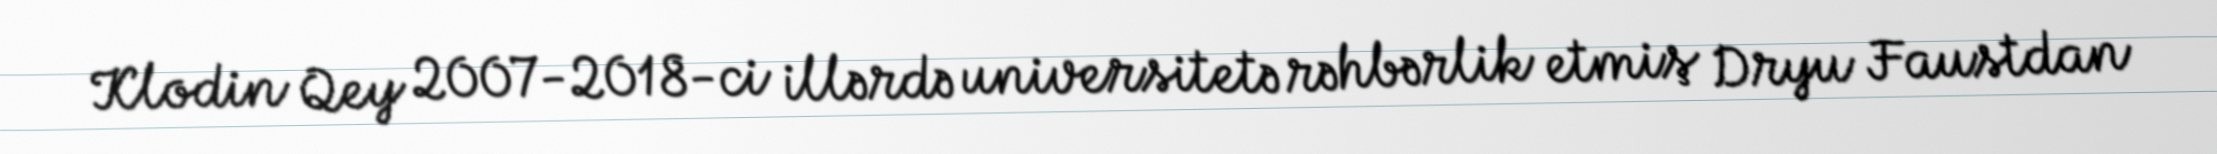
Klodin Qey 2007-2018-ci illərdə universitetə rəhbərlik etmiş Dryu Faustdan